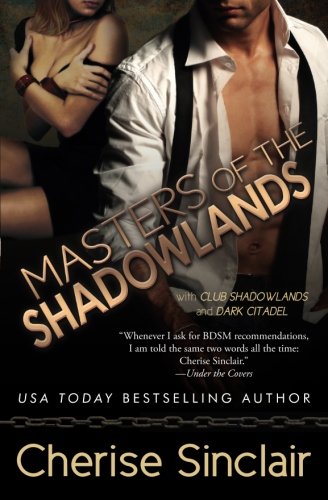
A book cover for Masters of the Shadowlands (Volume 1); Cherise Sinclair; Romance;